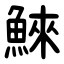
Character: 鯠